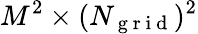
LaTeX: M^{2}\times(N_{{\mathrm{~g~r~i~d~}}})^{2}